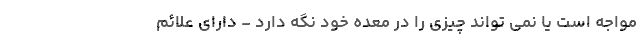
مواجه است یا نمی تواند چیزی را در معده خود نگه دارد - دارای علائم